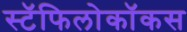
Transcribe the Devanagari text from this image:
स्टॅफिलोकॉकस